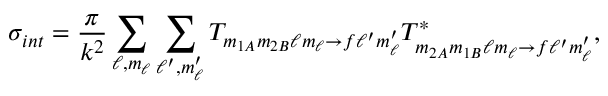
\sigma _ { i n t } = \frac { \pi } { k ^ { 2 } } \sum _ { \ell , m _ { \ell } } \sum _ { \ell ^ { \prime } , m _ { \ell } ^ { \prime } } T _ { m _ { 1 A } m _ { 2 B } \ell m _ { \ell } \rightarrow f \ell ^ { \prime } m _ { \ell } ^ { \prime } } T _ { m _ { 2 A } m _ { 1 B } \ell m _ { \ell } \rightarrow f \ell ^ { \prime } m _ { \ell } ^ { \prime } } ^ { * } ,